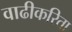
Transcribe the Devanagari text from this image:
वाढीकरिता